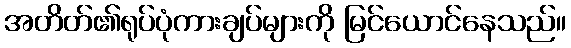
အတိတ်၏ရုပ်ပုံကားချပ်များကို မြင်ယောင်နေသည်။